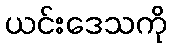
ယင်းဒေသကို